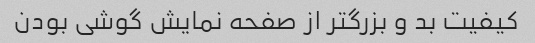
کیفیت بد و بزرگتر از صفحه نمایش گوشی بودن